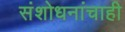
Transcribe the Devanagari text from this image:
संशोधनांचाही